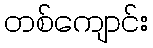
တစ်ကျောင်း